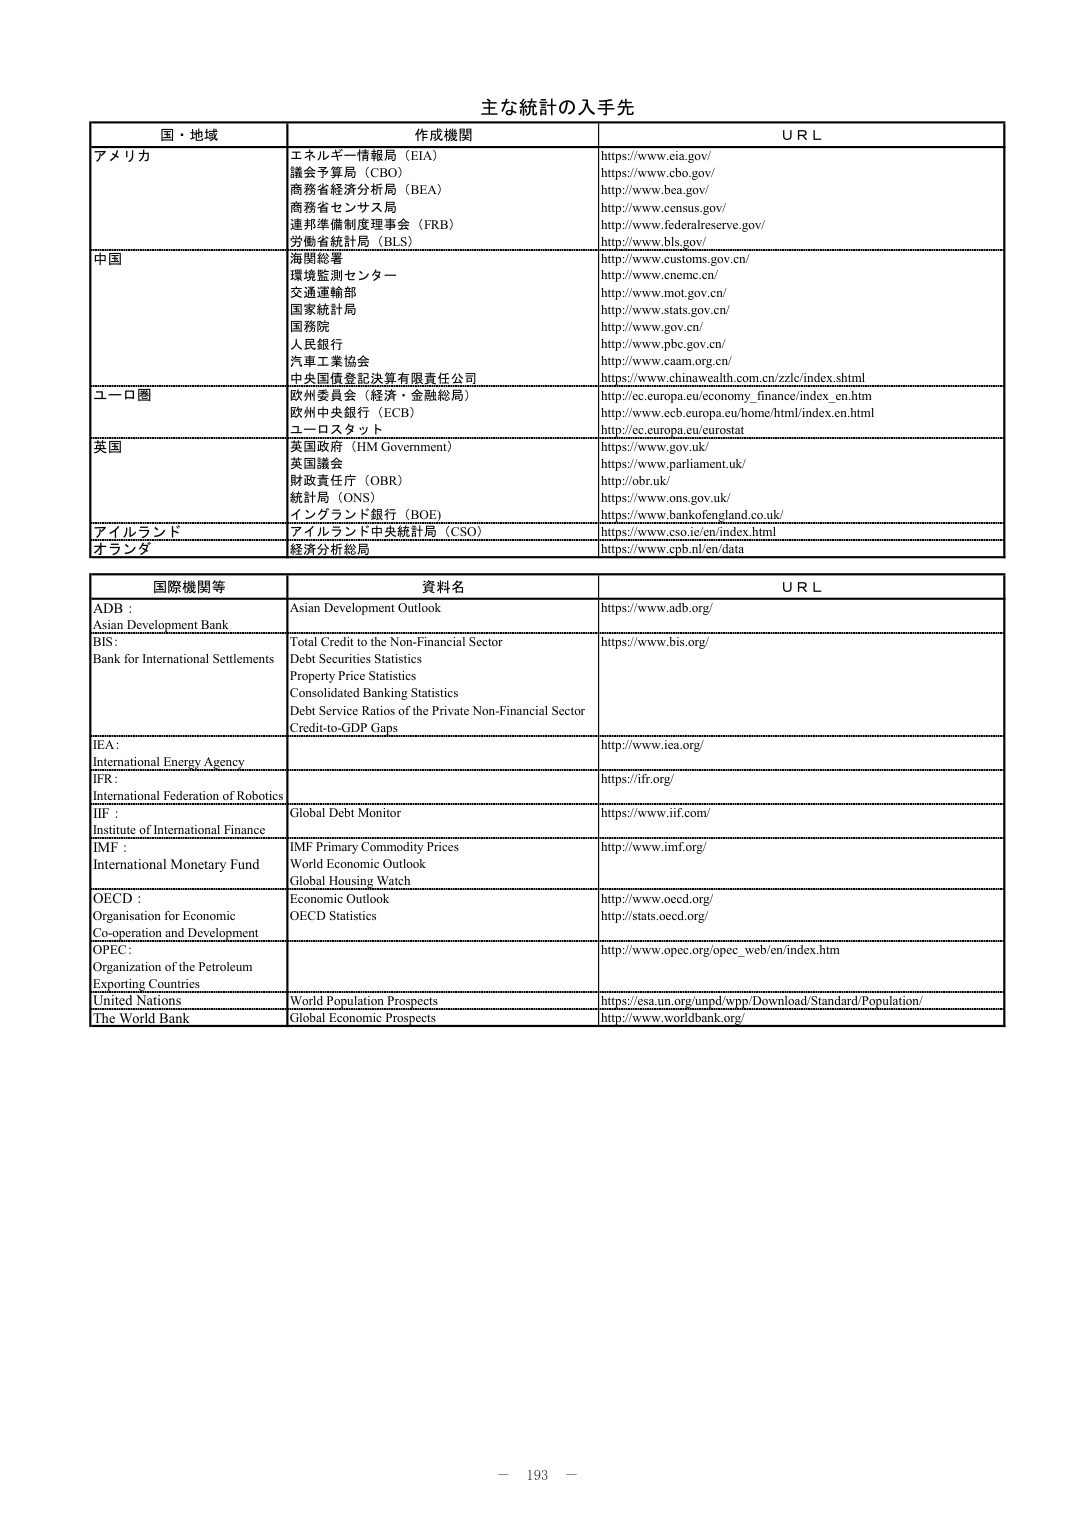
主な統計の入手先

国・地域　　作成機関　　ＵＲＬ

アメリカ　　エネルギー情報局（EIA）　　https://www.eia.gov/
　　　　　　議会予算局（CBO）　　https://www.cbo.gov/
　　　　　　商務省経済分析局（BEA）　　http://www.bea.gov/
　　　　　　商務省センサス局　　http://www.census.gov/
　　　　　　連邦準備制度理事会（FRB）　　http://www.federalreserve.gov/
　　　　　　労働省統計局（BLS）　　http://www.bls.gov/

中国　　海関総署　　http://www.customs.gov.cn/
　　　　環境監測センター　　http://www.cnemc.cn/
　　　　交通運輸部　　http://www.mot.gov.cn/
　　　　国家統計局　　http://www.stats.gov.cn/
　　　　国务院　　http://www.gov.cn/
　　　　人民銀行　　http://www.pbc.gov.cn/
　　　　汽車工業協会　　http://www.caam.org.cn/
　　　　中央国债登記決算有限責任公司　　https://www.chinawealth.com.cn/zzlc/index.shtml

ユーロ圏　　欧州委員会（経済・金融総局）　　http://ec.europa.eu/economy_finance/index_en.htm
　　　　　　欧州中央銀行（ECB）　　http://www.ecb.europa.eu/home/html/index.en.html
　　　　　　ユーロスタット　　http://ec.europa.eu/eurostat

英国　　英国政府（HM Government）　　https://www.gov.uk/
　　　　英国議会　　https://www.parliament.uk/
　　　　財政責任庁（OBR）　　http://obr.uk/
　　　　統計局（ONS）　　https://www.ons.gov.uk/
　　　　イングランド銀行（BOE）　　https://www.bankofengland.co.uk/

アイルランド　　アイルランド中央統計局（CSO）　　https://www.cso.ie/en/index.html

オランダ　　経済分析総局　　https://www.cpb.nl/en/data

国際機関等　　資料名　　ＵＲＬ

ADB：　　Asian Development Outlook　　https://www.adb.org/
Asian Development Bank

BIS：　　Total Credit to the Non-Financial Sector　　https://www.bis.org/
Bank for International Settlements
　　　　　　Debt Securities Statistics
　　　　　　Property Price Statistics
　　　　　　Consolidated Banking Statistics
　　　　　　Debt Service Ratios of the Private Non-Financial Sector
　　　　　　Credit-to-GDP Gaps

IEA：　　http://www.iea.org/
International Energy Agency

IFR：　　https://ifr.org/
International Federation of Robotics

IIF：　　Global Debt Monitor　　https://www.iif.com/
Institute of International Finance

IMF：　　IMF Primary Commodity Prices　　http://www.imf.org/
International Monetary Fund
　　　　　　World Economic Outlook
　　　　　　Global Housing Watch

OECD：　　Economic Outlook　　http://www.oecd.org/
Organisation for Economic
Co-operation and Development
　　　　　　OECD Statistics　　http://stats.oecd.org/

OPEC：　　http://www.opec.org/opec_web/en/index.htm
Organization of the Petroleum
Exporting Countries

United Nations　　World Population Prospects　　https://esa.un.org/unpd/wpp/Download/Standard/Population/

The World Bank　　Global Economic Prospects　　http://www.worldbank.org

－ 193 －